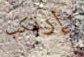
إرتكب